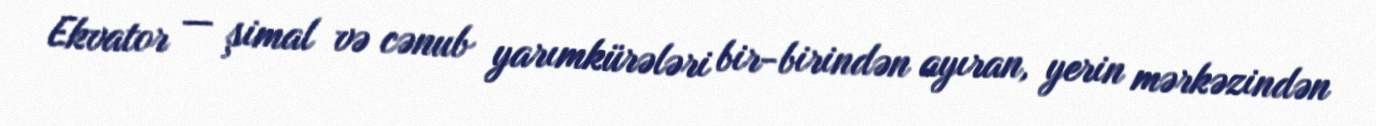
Ekvator — şimal və cənub yarımkürələri bir-birindən ayıran, yerin mərkəzindən